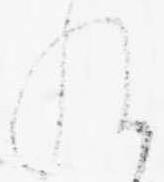
ね